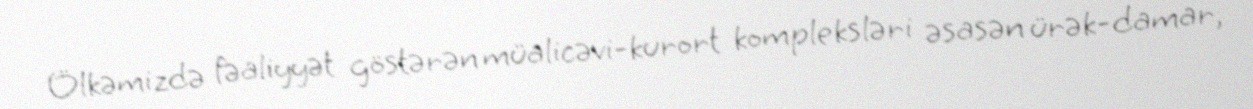
Ölkəmizdə fəaliyyət göstərən müalicəvi-kurort kompleksləri əsasən ürək-damar,